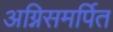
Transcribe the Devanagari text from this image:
अग्निसमर्पित